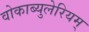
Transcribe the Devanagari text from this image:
वोकाब्युलेरियम्